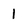
Character: 1